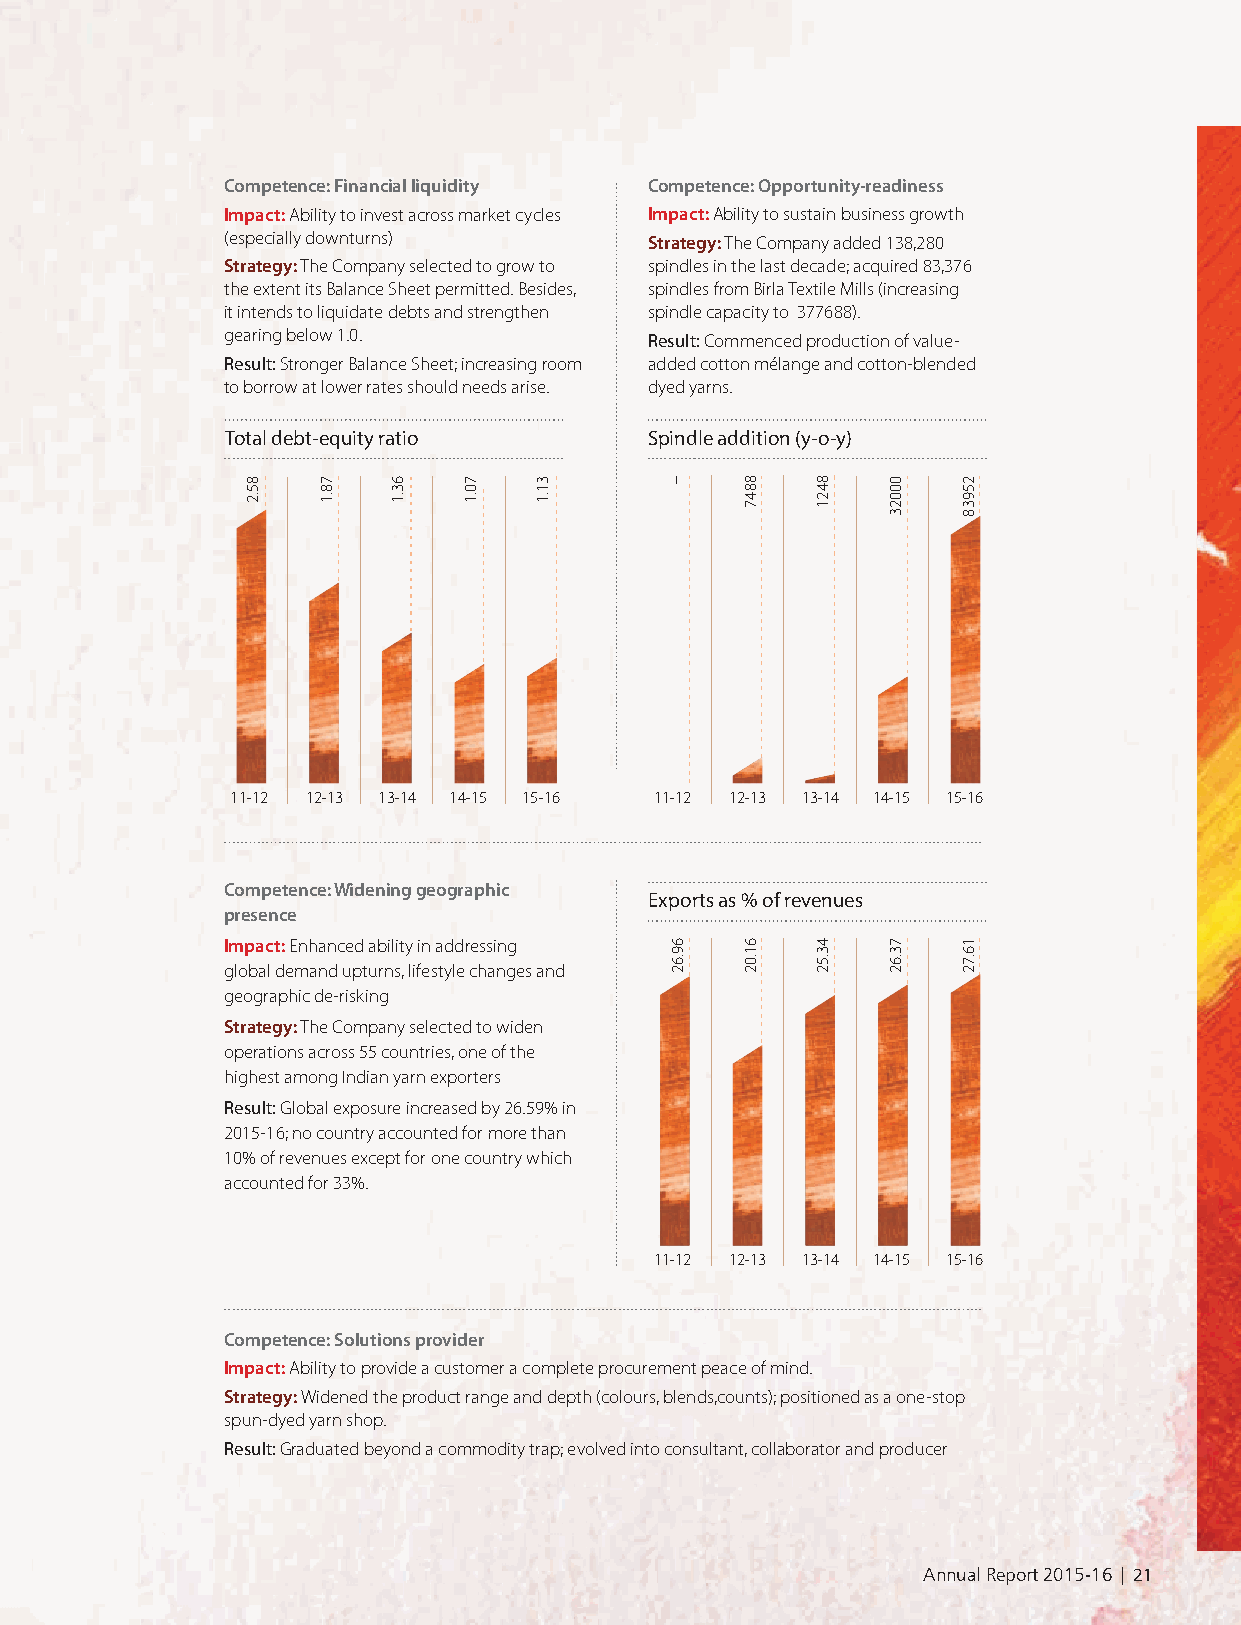
Competence: Financial liquidity Competence: Opportunity-readiness
 Impact: Ability to invest across market cycles Impact: Ability to sustain business growth
 (especially downturns)      Strategy: The Company added 138,280
 Strategy: The Company selected to grow to spindles in the last decade; acquired 83,376
 the extent its Balance Sheet permitted. Besides, spindles from Birla Textile Mills (increasing
 it intends to liquidate debts and strengthen spindle capacity to 377688).
 gearing below 1.0.          Result: Commenced production of value-
 Result: Stronger Balance Sheet; increasing room added cotton mélange and cotton-blended
 to borrow at lower rates should needs arise. dyed yarns.
 Total debt-equity ratio     Spindle addition (y-o-y)
 11-12 12-13 13-14 14-15 15-16 11-12 12-13 13-14 14-15 15-16
 Competence: Widening geographic
 Exports as % of revenues
 presence
 Impact: Enhanced ability in addressing
 global demand upturns, lifestyle changes and
 geographic de-risking
 Strategy: The Company selected to widen
 operations across 55 countries, one of the
 highest among Indian yarn exporters
 Result: Global exposure increased by 26.59% in
 2015-16; no country accounted for more than
 10% of revenues except for one country which
 accounted for 33%.
 11-12 12-13 13-14 14-15 15-16
 Competence: Solutions provider
 Impact: Ability to provide a customer a complete procurement peace of mind.
 Strategy: Widened the product range and depth (colours, blends,counts); positioned as a one-stop
 spun-dyed yarn shop.
 Result: Graduated beyond a commodity trap; evolved into consultant, collaborator and producer
 Annual Report 2015-16 | 21
 85.2 78.1 63.1 70.1 31.1    –
 69.62
 8847
 61.02
 8421
 43.52
 00023
 73.62
 25938
 16.72